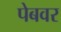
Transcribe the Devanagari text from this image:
पेबवर